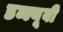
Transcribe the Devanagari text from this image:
डब्ल्यूबी